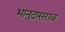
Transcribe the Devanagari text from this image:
भानुदासराव